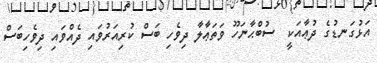
އަޅުގަނޑުގެ ދުޢާއަކީ  ސުބްޙާނަހޫ ވަތަޢާލާ ދިވެހި ބަސް ކުރިއަރުވައި ދެއްވައި ދިވެހިބަސް